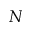
N